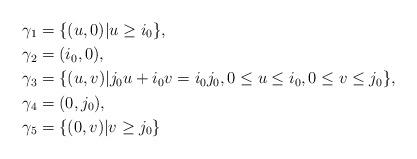
LaTeX: \begin{align*}\gamma_1&=\{(u, 0)|u\ge i_0\},\\\gamma_2&=(i_0, 0),\\\gamma_3&=\{(u, v)|j_0u+i_0v=i_0j_0, 0\le u\le i_0, 0\le v\le j_0\},\\\gamma_4&=(0, j_0),\\\gamma_5&=\{(0, v)|v\ge j_0\}\end{align*}